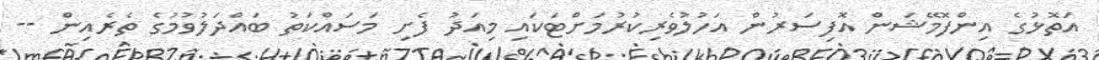
އަތޮޅުގެ އިންފޮމޭޝަން އޮފިސަރުން އަހުލުވެރިކުރުމަށްޓަކައި މިއަދު ފެށި މަސައްކަތު ބައްދަލުވުމުގެ ތެރެއިން --